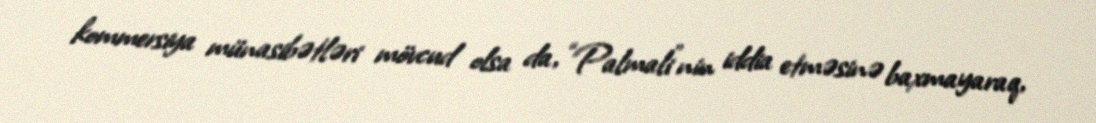
kommersiya münasibətləri mövcud olsa da, “Palmali”nin iddia etməsinə baxmayaraq,